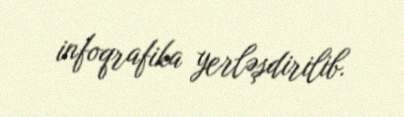
infoqrafika yerləşdirilib.